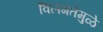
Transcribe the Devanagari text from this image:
विलगतेमुळे